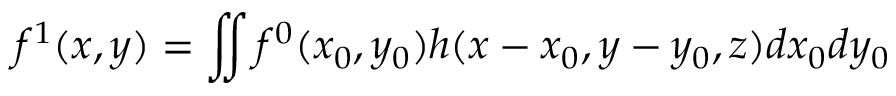
f ^ { 1 } ( x , y ) = \iint f ^ { 0 } ( x _ { 0 } , y _ { 0 } ) h ( x - x _ { 0 } , y - y _ { 0 } , z ) d x _ { 0 } d y _ { 0 }